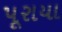
પૂરાયા